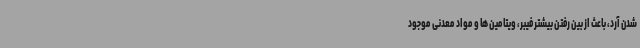
شدن آرد، باعث از بین رفتن بیشتر فیبر، ویتامین ها و مواد معدنی موجود